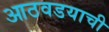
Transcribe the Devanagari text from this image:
आठवडयाची